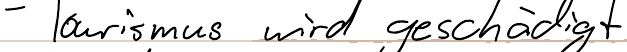
- Tourismus wird geschädigt